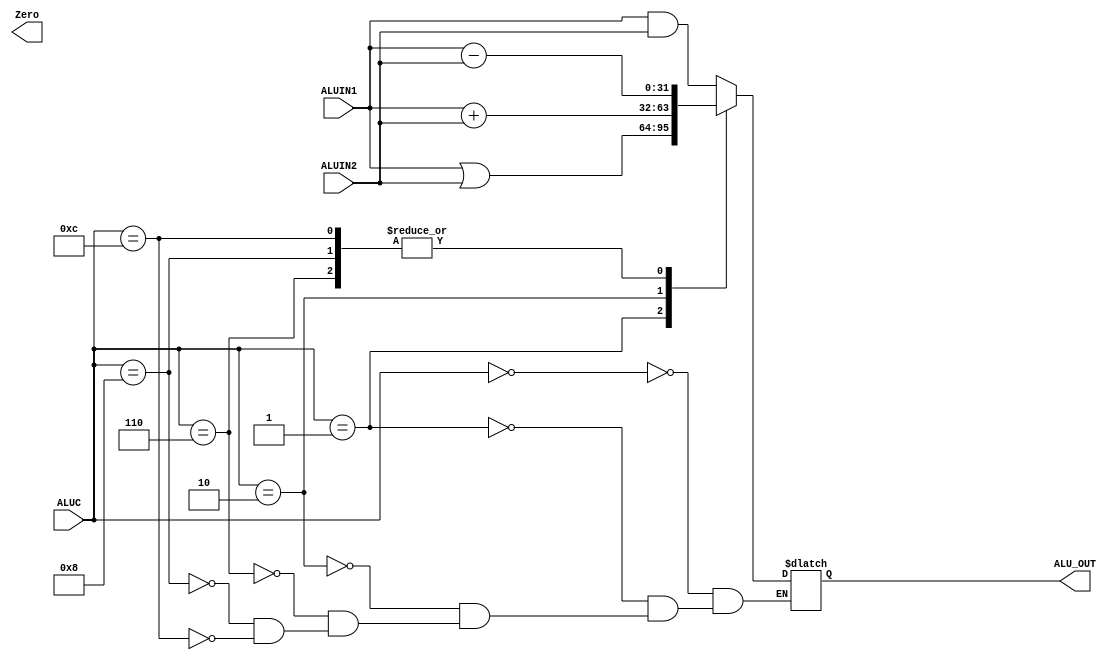
module ALU(ALUIN1, ALUIN2, ALUC, ALU_OUT, Zero);
    input [31:0] ALUIN1;
    input [31:0] ALUIN2;
    input [3:0] ALUC;
    output Zero;
    output reg [31:0] ALU_OUT;


    always @(*) begin
        case(ALUC)
            4'b0000:ALU_OUT = ALUIN1 & ALUIN2;
            4'b0001:ALU_OUT = ALUIN1 | ALUIN2;
            4'b0010:ALU_OUT = ALUIN1 + ALUIN2;
            4'b0110:ALU_OUT = ALUIN1 - ALUIN2;
            4'b1000:
            begin
                ALU_OUT = ALUIN1 - ALUIN2;
            end
            
            4'b1100: begin
                ALU_OUT = ALUIN1 - ALUIN2;
            end
        endcase
    end

    
endmodule